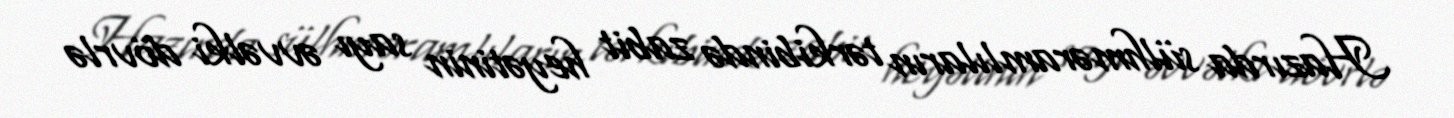
Hazırda sülhməramlıların tərkibində zabit heyətinin sayı əvvəlki dövrlə